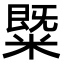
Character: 䊠